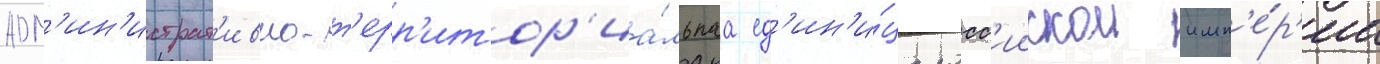
адм'ин'истрат'ивно-т'ерр'итор'иа́льнаа ед'ин'и́ца росс'иискои имп'е́р'ии